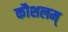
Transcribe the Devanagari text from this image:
कौशलम्‌